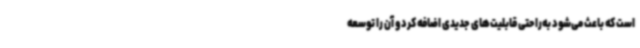
است که باعث می‌شود به‌راحتی قابلیت‌های جدیدی اضافه کرد و آن را توسعه